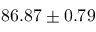
8 6 . 8 7 \pm 0 . 7 9